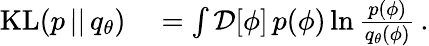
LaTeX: \begin{array}{rl}{\textrm{KL}(p\, ||\, q_{\theta})}&{{}=\int\mathcal{D}[\phi]\, p(\phi)\ln\frac{p(\phi)}{q_{\theta}(\phi)}\, .}\end{array}